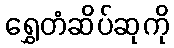
ရွှေတံဆိပ်ဆုကို